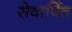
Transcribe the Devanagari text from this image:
सेवार्पित